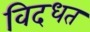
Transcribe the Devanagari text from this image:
विदधत